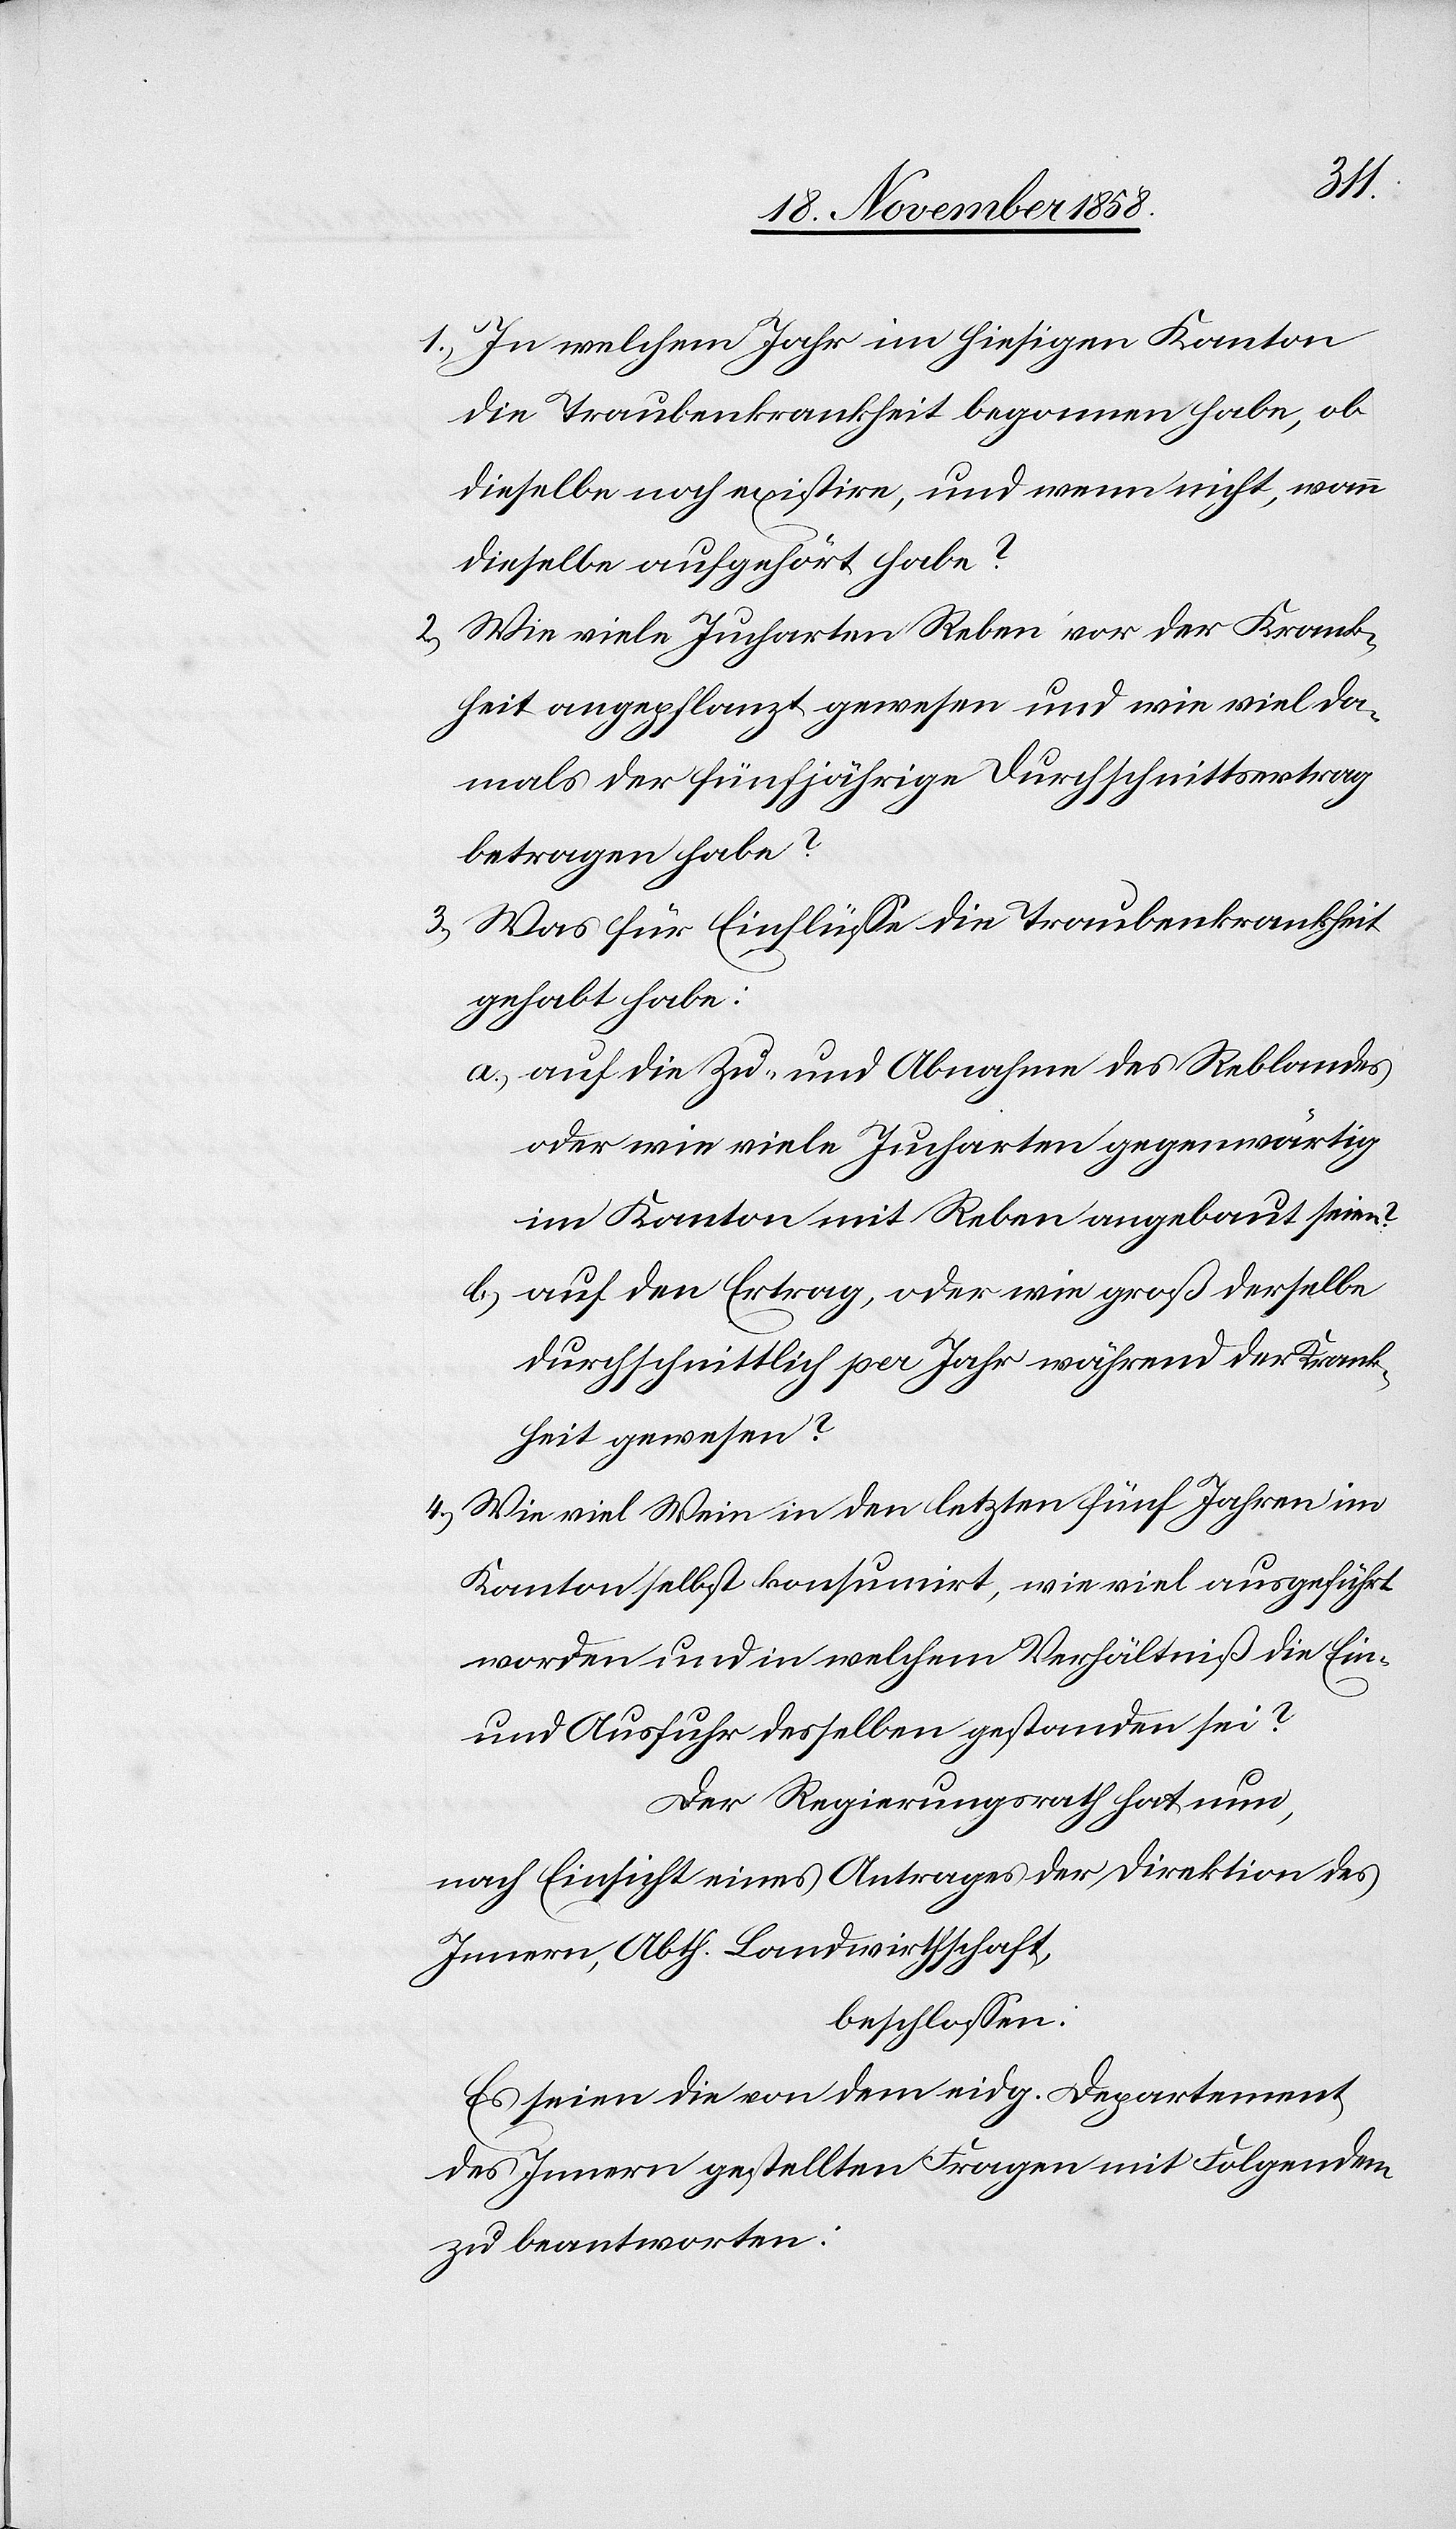
In welchem Jahr im hiesigen Kanton
die Traubenkrankheit begonnen habe, ob
dieselbe noch existire, und wenn nicht, wann
dieselbe aufgehört habe?
Wie viele Jucharten Reben vor der Krank¬
heit angepflanzt gewesen und wie viel da¬
mals der fünfjährige Durchschnittsertrag
betragen habe?
Was für Einflüsse die Traubenkrankheit
gehabt habe:
auf die Zu- und Abnahme des Reblandes
oder wie viele Jucharten gegenwärtig
im Kanton mit Reben angebaut seien?
auf den Ertrag, oder wie groß derselbe
durchschnittlich per Jahr während der Krank¬
heit gewesen?
Wie viel Wein in den letzten fünf Jahren im
Kanton selbst konsumirt, wie viel ausgeführt
worden und in welchem Verhältniß die Ein-
und Ausfuhr desselben gestanden sei?
Der Regierungsrath hat nun,
nach Einsicht eines Antrages der Direktion des
Innern, Abth. Landwirthschaft,
beschlossen:
Es seien die von dem eidg. Departement
des Innern gestellten Fragen mit Folgendem
zu beantworten: